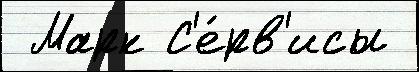
 Марк С'е́рв'исы